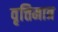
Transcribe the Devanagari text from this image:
वृत्तिमात्र